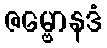
ဇမ္ဗောနဒံ